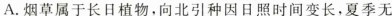
A.烟草属于长日植物，向北引种因日照时间变长，夏季无